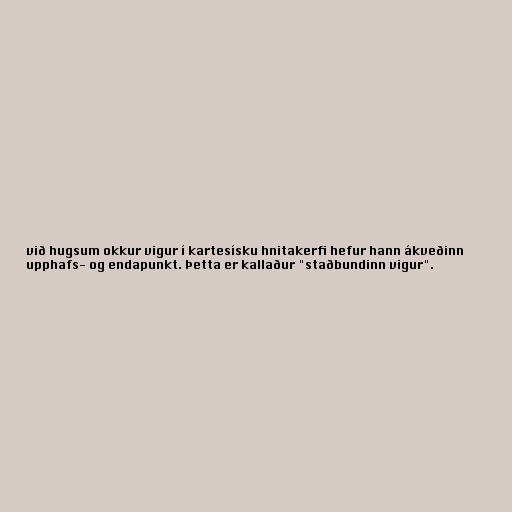
við hugsum okkur vigur í kartesísku hnitakerfi hefur hann ákveðinn
upphafs- og endapunkt. Þetta er kallaður "staðbundinn vigur".